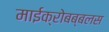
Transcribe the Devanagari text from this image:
माईक्रोबब्बलस